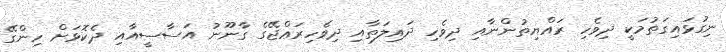
ނިގުޅައިގަތުމަކީ ދިވެހި ރައްޔިތުންނާއި ދިވެހި ދައިލަތާއި ދިވެހިރަޢްޖޭގެ ގާނޫނު އަސާސީއާއި ދެކޮޅަށް ހިންގޭ